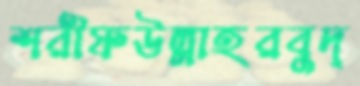
শরীফউল্লাহরবুদ্